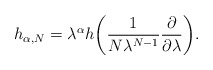
\begin{align*}h_{\alpha, N}= \lambda^\alpha h \biggl( \frac{1}{N \lambda^{N-1}}\frac{\partial}{\partial\lambda} \biggr).\end{align*}